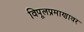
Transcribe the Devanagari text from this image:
विपूलप्रमाणावर